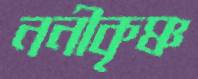
ননীকৃষ্ণ